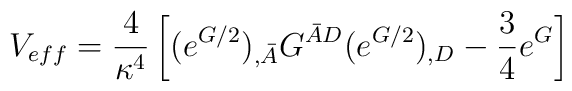
V_{eff}=\frac{4}{\kappa^4} \left[ (e^{G/2})_{,\bar A} G^{\bar AD}(e^{G/2})_{,D} -\frac{3}{4} e^G \right]